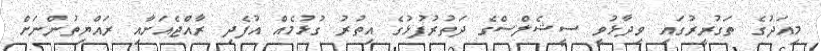
މިއަދުގެ ތަގުރީރުގައި ވިދާޅުވީ ސީޝެލްސްގެ ދަތުރުފުޅުގެ އިތުރު ގުޅުމެއް އުފެދި ރާއްޖެއަށާއި ރައްޔިތުންނަށް